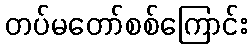
တပ်မတော်စစ်ကြောင်း